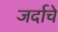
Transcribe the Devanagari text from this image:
जर्दाचे